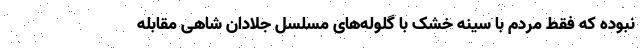
نبوده که فقط مردم با سینه خشک با گلوله‌های مسلسل جلادان شاهی مقابله